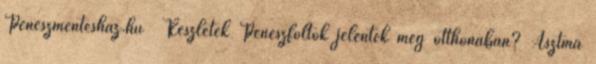
Peneszmenteshaz.hu Részletek Penészfoltok jelentek meg otthonában? Asztma